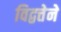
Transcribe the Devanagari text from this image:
विद्वत्तेने